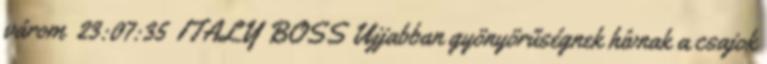
várom 23:07:35 ITALY BOSS Ujjabban gyönyörűségnek hívnak a csajok